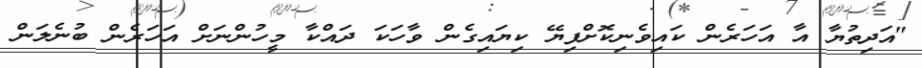
"އަދިތުޔާ އާ އަހަރެން ކައިވެނިކޮށްފިޔޭ ކިޔައިގެން ވާހަކަ ދައްކާ މީހުންނަށް އަހަރެން ބުނެލަން